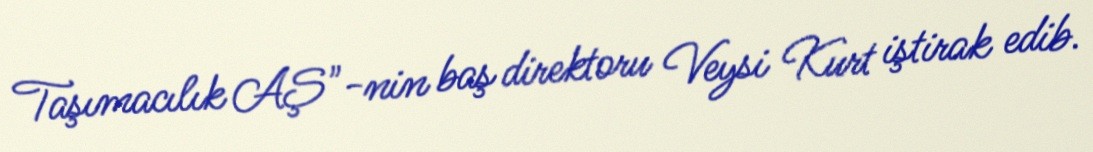
Taşımacılık AŞ"-nin baş direktoru Veysi Kurt iştirak edib.